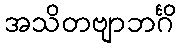
အသိတဗျာဘင်္ဂိ